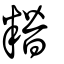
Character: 糣